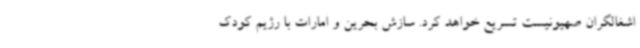
اشغالگران صهیونیست تسریع خواهد کرد. سازش بحرین و امارات با رژیم کودک